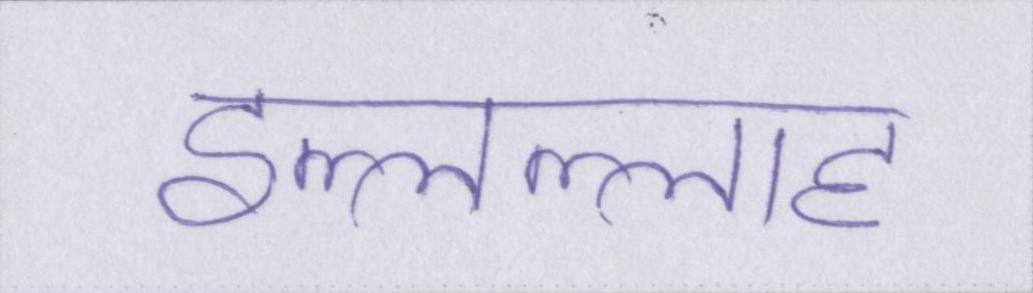
इल्लल्लाह